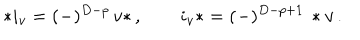
* i _ { v } = ( - ) ^ { D - p } \, v * \, , \quad \quad i _ { v } * = ( - ) ^ { D - p + 1 } \, * v \, .